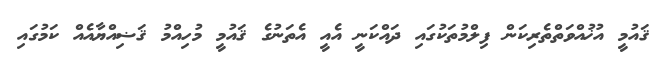
ޤައުމީ އުޚުއްވަތްތެރިކަން ފިލްމުތަކުގައި ދައްކަނީ އެއީ އެތަނުގެ ޤައުމީ މުހިއްމު ޤަޟިއްޔާއެއް ކަމުގައި